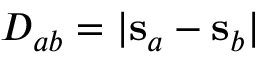
D _ { a b } = | \mathbf s _ { a } - \mathbf s _ { b } |